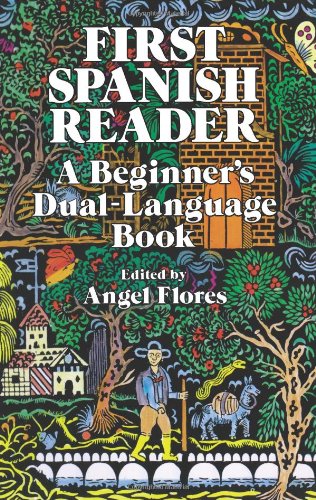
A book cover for First Spanish Reader: A Beginner's Dual-Language Book (Beginners' Guides) (English and Spanish Edition); Literature & Fiction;